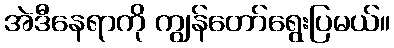
အဲဒီနေရာကို ကျွန်တော်ရွေးပြမယ်။